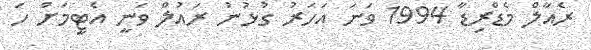
ރެއާލް މެޑްރިޑާ 1994 ވަނަ އަހަރު ގުޅުނު ރައުލް ވަނީ އެޓީމަށް ހަ